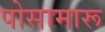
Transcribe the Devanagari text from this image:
पोसामारू